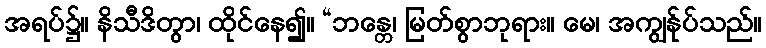
အရပ်၌။ နိသီဒိတွာ၊ ထိုင်နေ၍။ “ဘန္တေ၊ မြတ်စွာဘုရား။ မေ၊ အကျွန်ုပ်သည်။